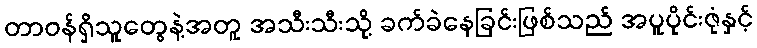
တာဝန်ရှိသူတွေနဲ့အတူ အသီးသီးသို့ ခက်ခဲနေခြင်းဖြစ်သည် အပူပိုင်းဇုံနှင့်